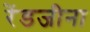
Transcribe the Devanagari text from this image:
रेंडजीना